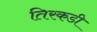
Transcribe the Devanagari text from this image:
तिरकडी